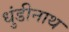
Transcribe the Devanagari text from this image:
धुंडीनाथ